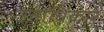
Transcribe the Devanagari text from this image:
उत्ताधिकार